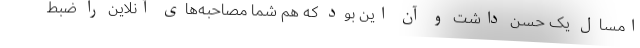
امسال یک حسن داشت و آن این بود که هم شما مصاحبه‌های آنلاین را ضبط